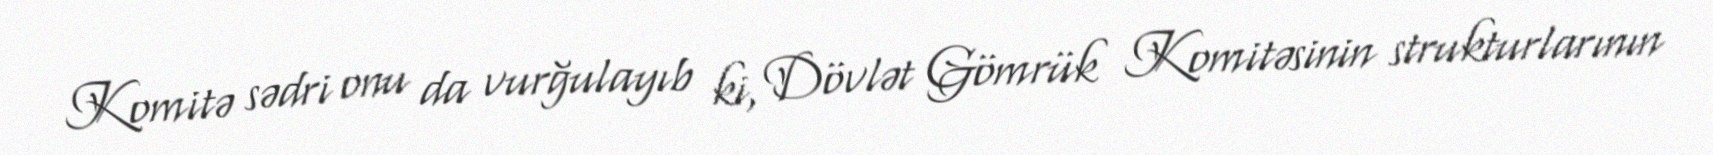
Komitə sədri onu da vurğulayıb ki, Dövlət Gömrük Komitəsinin strukturlarının